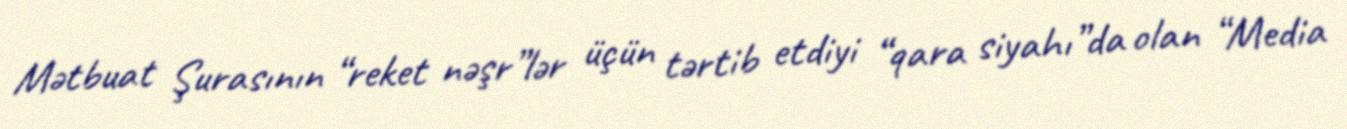
Mətbuat Şurasının “reket nəşr”lər üçün tərtib etdiyi “qara siyahı”da olan “Media